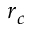
r _ { c }